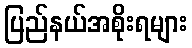
ပြည်နယ်အစိုးရများ